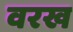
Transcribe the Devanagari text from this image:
वरख